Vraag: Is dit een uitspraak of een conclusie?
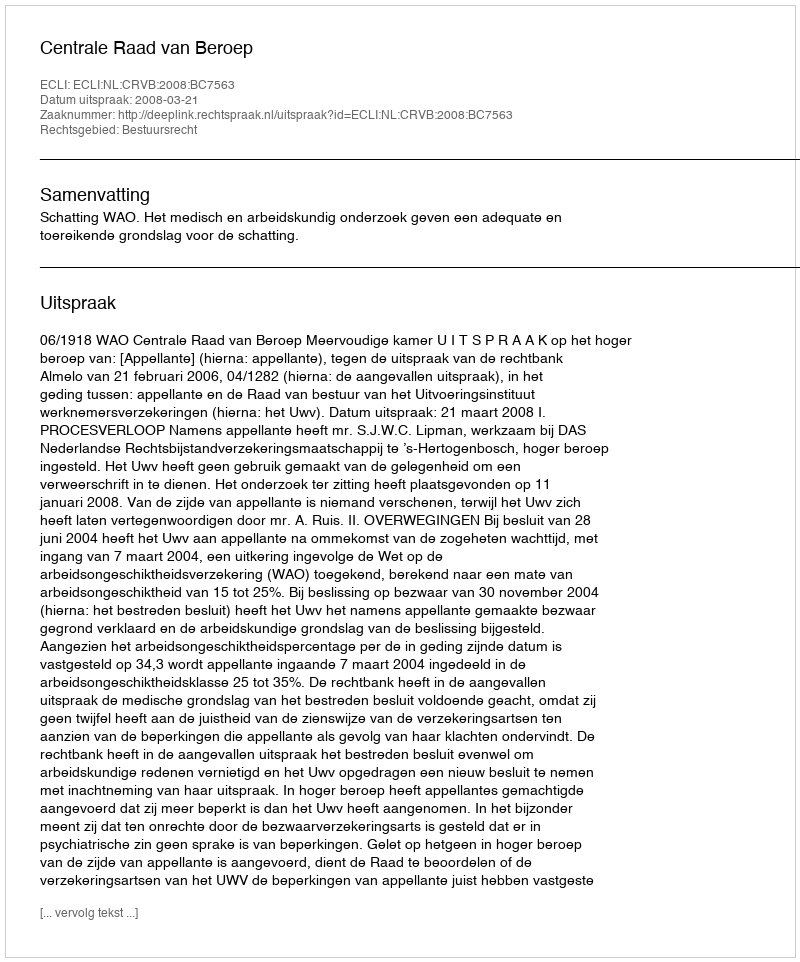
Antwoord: Uitspraak